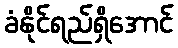
ခံနိုင်ရည်ရှိအောင်